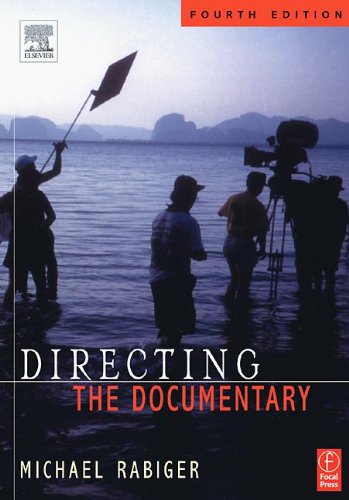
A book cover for Directing the Documentary; Michael Rabiger; Humor & Entertainment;